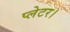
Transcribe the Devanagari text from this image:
प्लेटर।